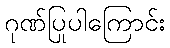
ဂုဏ်ပြုပါကြောင်း